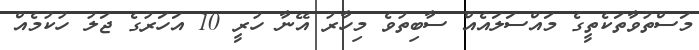
މަސްތުވާތަކެތީގެ މައްސަލައެއް ސާބިތުވެ މިހާރު އޭނާ ހުރީ 10 އަހަރުގެ ޖަލު ހުކުމެއް